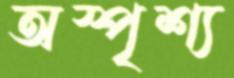
অস্পৃশ্য